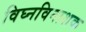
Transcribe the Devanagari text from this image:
विघ्नविनाशक